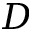
D